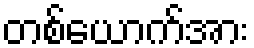
တစ်ယောက်အား